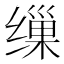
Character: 缫